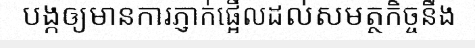
បង្កឲ្យមានការភ្ញាក់ផ្អើលដល់សមត្ថកិច្ចនឹង